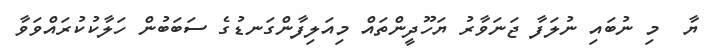
ޔާ  މި ނުބައި ނުލަފާ ޖަނަވާރު ޔަހޫދީންތައް މިއަލިފާންގަނޑުގެ ސަބަބުން ހަލާކުކުރައްވަވާ